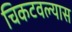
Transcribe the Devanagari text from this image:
चिकटवल्यास